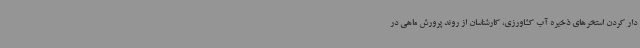
دار کردن استخرهای ذخیره آب کشاورزی، کارشناسان از روند پرورش ماهی در